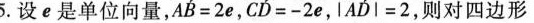
5.设e是单位向量， $$\overrightarrow{AB}=2e$$ ， $$\overrightarrow{CD}=-2e$$ ， $$| \overrightarrow{AD}|=2$$ ，则对四边形